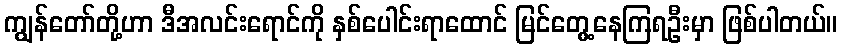
ကျွန်တော်တို့ဟာ ဒီအလင်းရောင်ကို နှစ်ပေါင်းရာထောင် မြင်တွေ့နေကြရဦးမှာ ဖြစ်ပါတယ်။